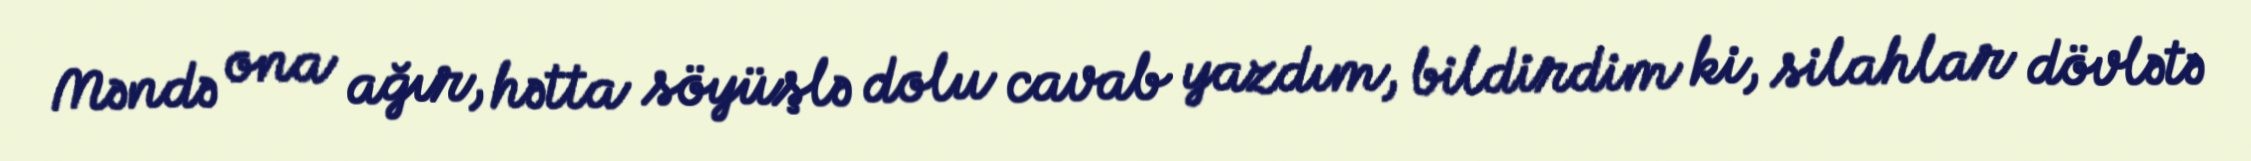
Məndə ona ağır, hətta söyüşlə dolu cavab yazdım, bildirdim ki, silahlar dövlətə